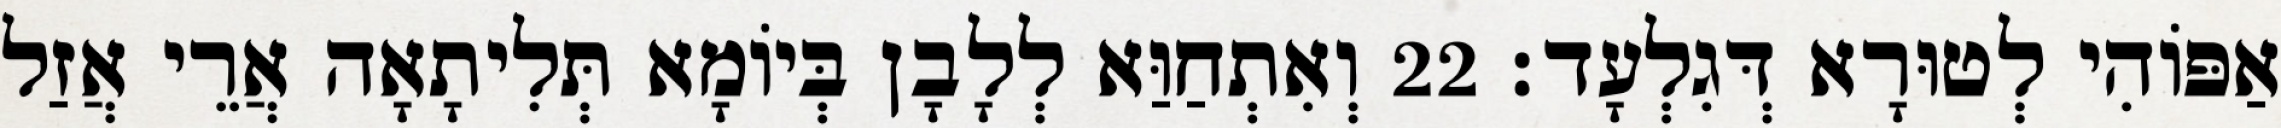
אַפּוֹהִי לְטוּרָא דְּגִלְעָד׃ 22 וְאִתְחַוַּא לְלָבָן בְּיוֹמָא תְּלִיתָאָה אֲרֵי אֲזַל